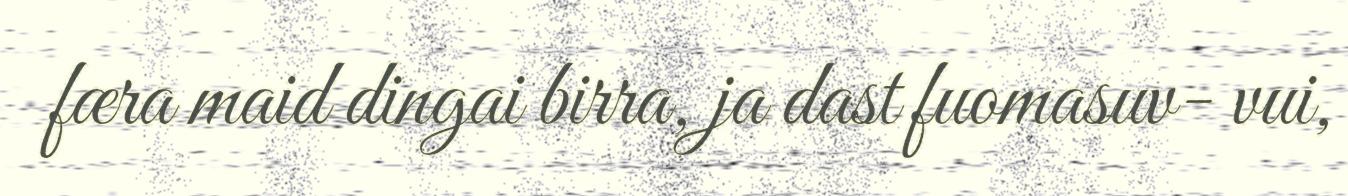
færa maid dingai birra, ja dast fuomasuv- vui,